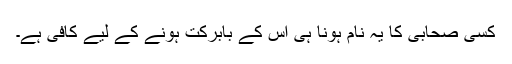
کسی صحابی کا یہ نام ہونا ہی اس کے بابرکت ہونے کے لیے کافی ہے۔